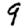
Digit: 9